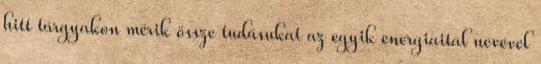
hitt tárgyakon mérik össze tudásukat az egyik energiaital nevével